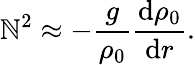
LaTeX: \mathbb{N}^{2}\approx-\frac{{g}}{{\rho_{0}}}\frac{{\mathrm{{d}}\rho_{0}}}{{\mathrm{{d}}r}}.